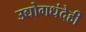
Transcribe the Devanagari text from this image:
उद्योगधंदेही